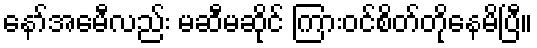
နော်အေမီလည်း မဆီမဆိုင် ကြားဝင်စိတ်တိုနေမိပြီ။